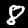
Digit: 8